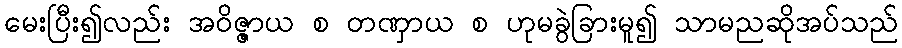
မေးပြီး၍လည်း အဝိဇ္ဇာယ စ တဏှာယ စ ဟုမခွဲခြားမူ၍ သာမညဆိုအပ်သည်